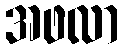
အဖလာ